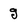
Character: g